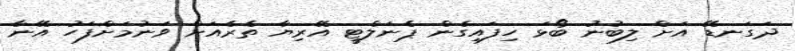
ދަގަނޑޭ އަށް ލިބުނު ބޯޅަ ހިފައިގެން ޕެނަލްޓީ އޭރިޔާ ތެރެއަށް ވަނުމަށްފަހު އޭނާ